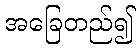
အခြေတည်၍